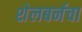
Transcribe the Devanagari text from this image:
शेलबर्नचा